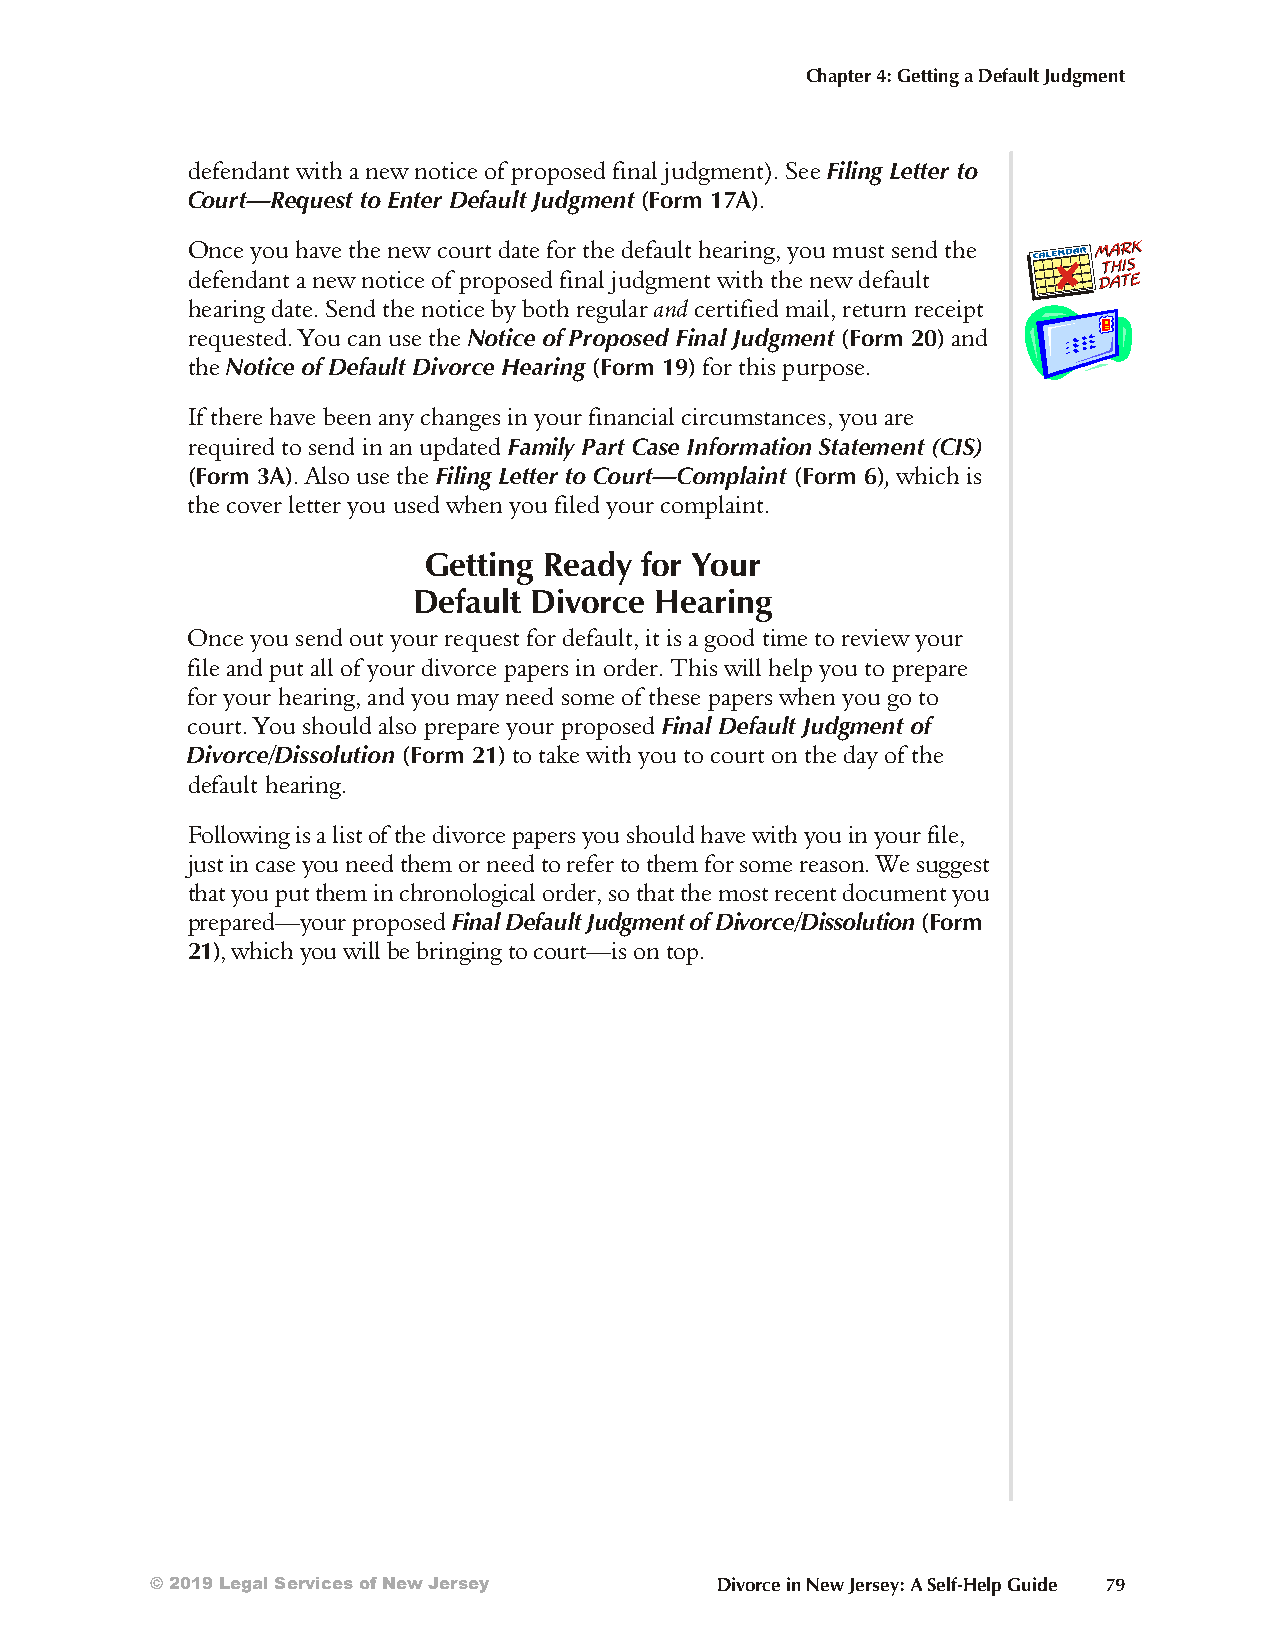
Chapter 4: Getting a Default Judgment
 defendant with a new notice of proposed final judgment). See Fil ing Let ter to
 Court—Req uest to Ent er Def ault Judgm ent (Form 17A).
 Once you have the new court date for the default hearing, you must send the
 defendant a new notice of proposed final judgment with the new default
 hearing date. Send the notice by both reg u lar and cer ti fied mail, re turn re ceipt
 re quested. You can use the Not ice of Pro posed Fi nal Judgm ent (Form 20) and
 the Not ice of De fault Div orce Heari ng (Form 19) for this purp ose.
 If there have been any changes in your fin anc ial circ ums tances, you are
 re quired to send in an up dated Fam ily Part Case In for ma tion State ment (CIS)
 (Form 3A). Also use the Fil ing Let ter to Court—Com plaint (Form 6), which is
 the cover lett er you used when you filed your complaint.
 Getting Ready for Your
 Default Divorce Hearing
 Once you send out your request for default, it is a good time to review your
 file and put all of your divorce papers in order. This will help you to prepare
 for your hearing, and you may need some of these papers when you go to
 court. You should also prepare your proposed Fin al Def ault Judgm ent of
 Di vorce/Dis so lu tion (Form 21) to take with you to court on the day of the
 de fault hear ing.
 Following is a list of the divorce papers you should have with you in your file,
 just in case you need them or need to refer to them for some reason. We suggest
 that you put them in chronological order, so that the most recent document you
 prepared—your proposed Fi nal De fault Judg ment of Di vorce/Dis so lu tion (Form
 21), which you will be bringi ng to court—is on top.
 © 2019 Legal Services of New Jersey  Divorce in New Jersey: A Self-Help Guide 79